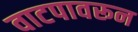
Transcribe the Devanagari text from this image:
वाटपावरून